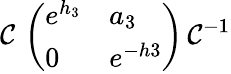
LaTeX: {\cal\mathcal{C}}\, \left(\begin{array}{ll}{{e^{h_{3}}}}&{{a_{3}}}\\ {{0}}&{{e^{-h3}}}\end{array}\right)\, {\cal\mathcal{C}}^{-1}